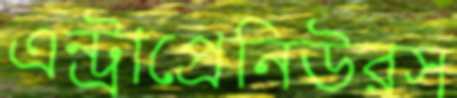
এন্ট্রাপ্রেনিউরস